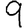
Digit: 9